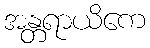
အန္တရာယိကေ